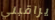
يراقبني